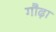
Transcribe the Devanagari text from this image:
गौढ़ा